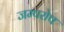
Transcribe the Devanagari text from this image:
जम्परोप